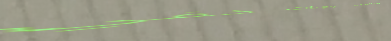
مطعم الليموني   وجبات خفي